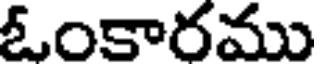
ఓంకారము